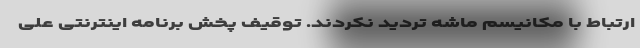
ارتباط با مکانیسم ماشه تردید نکردند. توقیف پخش برنامه اینترنتی علی‌